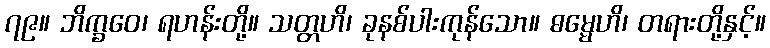
၇၉။ ဘိက္ခဝေ၊ ရဟန်းတို့။ သတ္တဟိ၊ ခုနစ်ပါးကုန်သော။ ဓမ္မေဟိ၊ တရားတို့နှင့်။